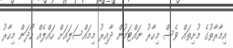
އިމާރާތުގެ މުށިތައް ވެސް މިހާރު ނައްޓަމުން ދާއިރު މިމައްސަލައަށް ހައްލެއް ހޯދަން މިހާރު